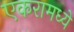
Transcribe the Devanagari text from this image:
एकरामध्ये